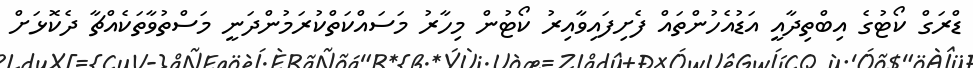
ޑްރަގް ކޯޓުގެ އިބްތިދާއީ އަޑުއެހުންތައް ފެށިފައިވާއިރު ކޯޓުން މިހާރު މަސައްކަތްކުރަމުންދަނީ މަސްތުވާތަކެއްޗާ ދެކޮޅަށް